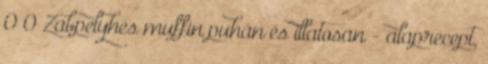
0 0 Zabpelyhes muffin puhán és illatosan - alaprecept,